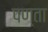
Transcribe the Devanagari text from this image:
पण्ता